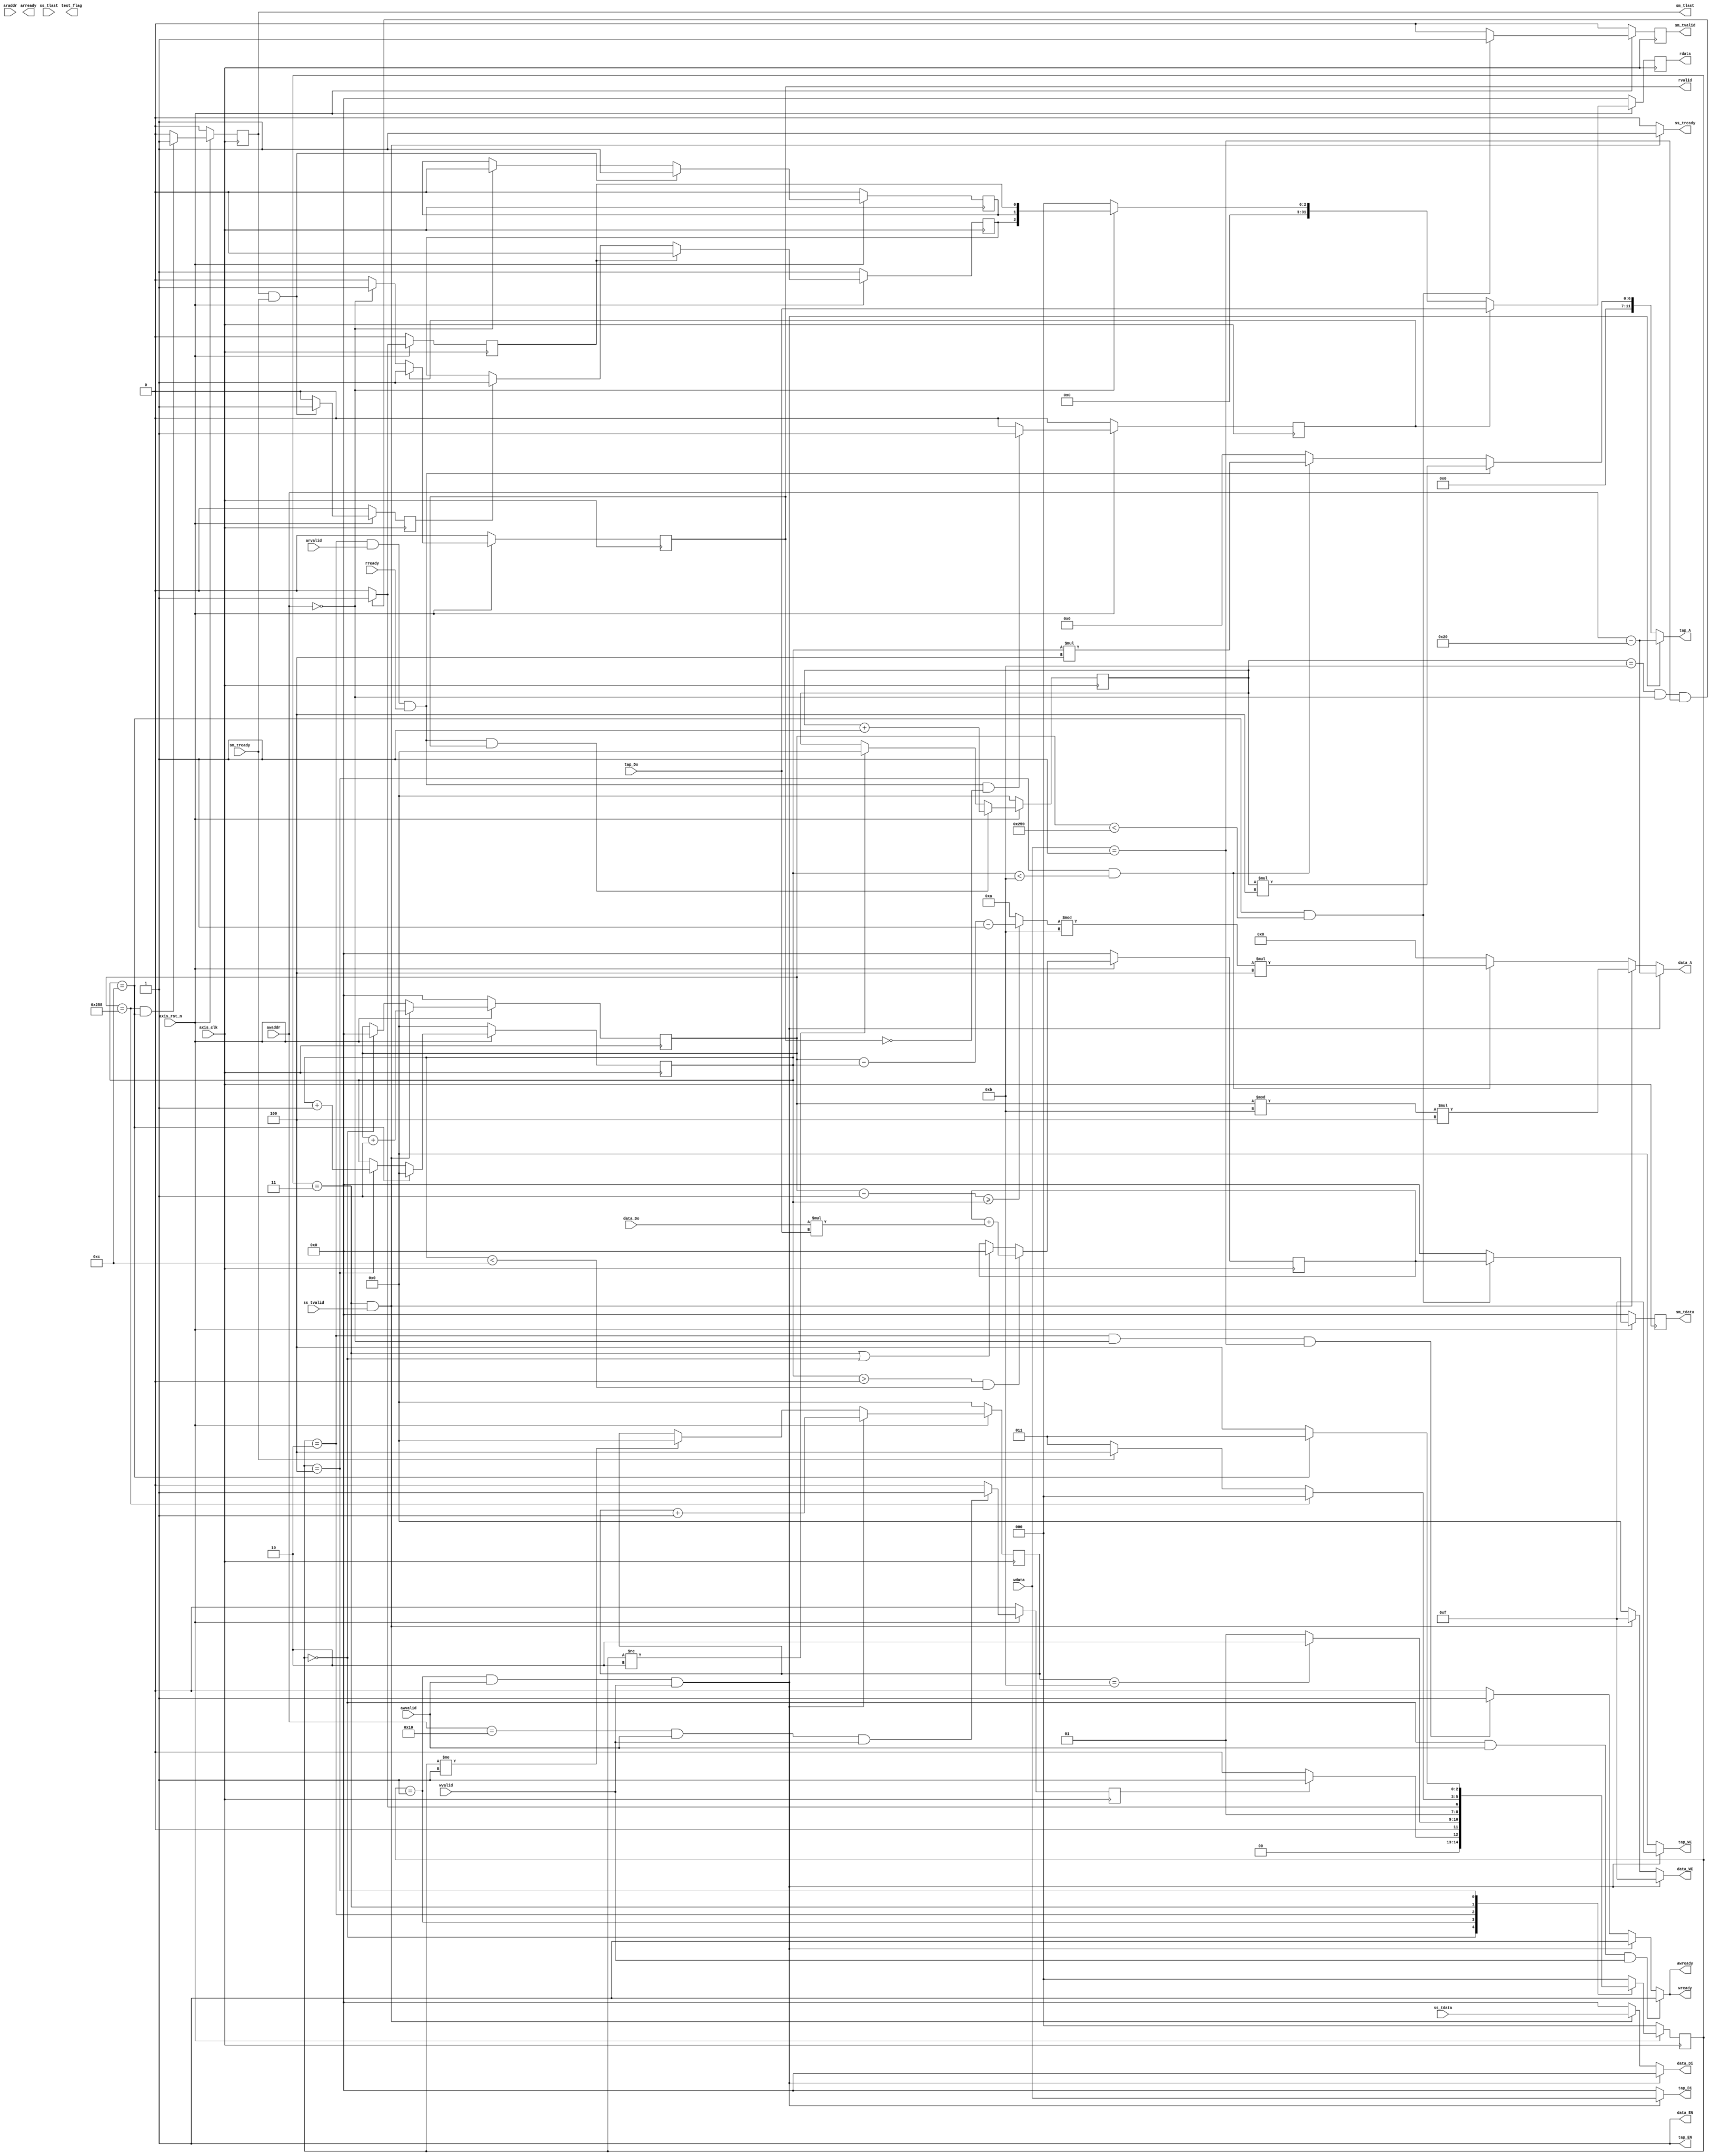
module fir 
#(  parameter pADDR_WIDTH = 12,
    parameter pDATA_WIDTH = 32,
    parameter Tape_Num    = 11
)
(
	// AXI-Lite
    output  reg                     awready,
    output  reg                     wready,
    input   wire                     awvalid,
    input   wire [(pADDR_WIDTH-1):0] awaddr,
    input   wire                     wvalid,
    input   wire [(pDATA_WIDTH-1):0] wdata,
	
    output  reg                     arready,
    input   wire                     rready,
    input   wire                     arvalid,
    input   wire [(pADDR_WIDTH-1):0] araddr,
    output  reg                     rvalid,
    output  reg [(pDATA_WIDTH-1):0] rdata,   
	// AXI-STREAM
    input   wire                     ss_tvalid, 
    input   wire [(pDATA_WIDTH-1):0] ss_tdata, 
    input   wire                     ss_tlast, 
    output  reg                     ss_tready, 
    input   wire                     sm_tready, 
    output  reg                     sm_tvalid, 
    output  reg [(pDATA_WIDTH-1):0] sm_tdata, 
    output  reg                     sm_tlast, 
    
    // bram for tap RAM
    output  reg [3:0]               tap_WE,
    output  wire                     tap_EN,
    output  reg [(pDATA_WIDTH-1):0] tap_Di,
    output  reg [(pADDR_WIDTH-1):0] tap_A,
    input   wire [(pDATA_WIDTH-1):0] tap_Do,

    // bram for data RAM
    output  reg [3:0]               data_WE,
    output  wire                     data_EN,
    output  reg [(pDATA_WIDTH-1):0] data_Di,
    output  reg [(pADDR_WIDTH-1):0] data_A,
    input   wire [(pDATA_WIDTH-1):0] data_Do,

    input   wire                     axis_clk,
    input   wire                     axis_rst_n,
	output  reg						test_flag
);
/////// bram declare
// bram11 data_ram	(.CLK(axis_clk), .WE(data_WE), .EN(data_EN), .Di(data_Di), .Do(data_Do),.A(data_A));
// bram11 tap_ram	(.CLK(axis_clk), .WE(tap_WE), .EN(tap_EN), .Di(tap_Di), .Do(tap_Do),.A(tap_A));

assign  tap_EN =1'b1;
assign  data_EN =1'b1;
reg ap_start;
reg ap_done;
reg ap_idle;
///////////////////////reg and wire declare
reg [2:0] current_state;
reg [2:0] next_state;
reg [3:0] coef_counter;
reg [3:0] check_counter;
reg check_flag;
reg [31:0] data_length;
reg [31:0] counter;
reg [3:0] cal_counter;
reg idle_flag;
reg signed[31:0] total_data;
reg idle_buffer;
wire [31:0] loca;
parameter	IDLE				=0,
			READ_COEF			=1,
			READ_COEF_CHECK		=2,
			READ_STREAM			=3,
			CAL					=4;
			
always @(posedge axis_clk )begin
	if(!axis_rst_n)begin
		current_state <= IDLE;
	end
	else begin
		current_state <= next_state;
	end
end

always @(*)begin
	case(current_state)
		IDLE:
			if	(idle_flag)			next_state = READ_COEF;				
			else					next_state = IDLE;						
		READ_COEF:
			if(coef_counter =='d11)	next_state = READ_COEF_CHECK;
			else 					next_state = READ_COEF;
		READ_COEF_CHECK:
			if(check_counter=='d11 && awaddr ==12'h00 &&  wdata ==32'h0000_0001)	next_state = READ_STREAM;
			else																next_state = READ_COEF_CHECK;
		READ_STREAM:
			if(counter=='d600 )			next_state =IDLE;
			else if(sm_tready)			next_state = CAL;
			else					next_state = READ_STREAM;
		CAL:
			
			if(cal_counter =='d12)	next_state =READ_STREAM;
			else 					next_state = CAL;
		default: 					next_state = IDLE ;
	endcase
end
//////////////idle_flag

always @(posedge axis_clk )begin
	if(!axis_rst_n)begin
		idle_flag <= 0;
	end
	else if( (awaddr ==16) && awvalid==1 && wvalid==1) begin
		idle_flag <= 1;
	end
	else begin
		idle_flag <= 0;
	end

end



//////// data_length
always @(posedge axis_clk )begin
	if(!axis_rst_n)begin
		data_length <= 0;
	end
	else if(current_state == IDLE && awvalid && wvalid) begin
		data_length <= wdata;
	end

end


/////////// tap_data counter
always @(posedge axis_clk )begin
	if(!axis_rst_n)begin
		coef_counter <= 0;
	end
	else if(current_state == READ_COEF && awvalid && wvalid) begin
		coef_counter <= coef_counter+1;
	end
	else if(current_state != READ_COEF)begin
		coef_counter <= 0;
	end
end
//////////////tap_data check_counter

always@(posedge axis_clk )begin
	if(!axis_rst_n)begin
		check_counter <=0;
	end
	else if (current_state == READ_COEF_CHECK && arvalid && rready&&rvalid)begin
		check_counter <= check_counter+1;
	
	end
	else if (current_state != READ_COEF_CHECK)begin
		check_counter<=0;
	end

end


////////////// bram tap_data tap_WE 1:write data 0:read data
always@(*)begin
	if(current_state == READ_COEF && awvalid && wvalid)begin
		tap_WE = 4'b1111;
	
	end
	else begin
		tap_WE = 4'b0000;
	
	end

end
////////////////////address
always@(*)begin
	if(current_state == READ_COEF && awvalid && wvalid)begin
		tap_A = awaddr-12'h20;
	end
	else if (current_state == READ_COEF_CHECK && arvalid && rready)begin
		tap_A = check_counter*4;
	end
	else if (current_state == CAL && cal_counter <'d11)begin
		tap_A = cal_counter*4;
	end
	else begin
		tap_A =0;
	end

end
/////////////////////data
always@(*)begin
	if(current_state == READ_COEF && awvalid && wvalid)begin
		tap_Di = wdata;
	end
	else begin
		tap_Di =0;
	end

end

always@(*)begin
	if(current_state == IDLE && awvalid && wvalid)begin
		wready = 1;
		awready =1;
	end
	else if(current_state == READ_COEF && awvalid && wvalid)begin
		wready = 1;
		awready =1;
	end
	else if (current_state == READ_COEF_CHECK && awaddr ==12'h00 &&  wdata ==32'h0000_0001)begin
		wready = 1;
		awready =1;
	end
	else begin
		wready =0;
		awready =0;
	end

end

always@(posedge axis_clk )begin
	if(!axis_rst_n)begin
		ap_start<=0;
	
	end
	else if (check_counter=='d11 && awaddr ==12'h00 &&  wdata ==32'h0000_0001)begin
		ap_start <=1;
	end
	else begin
		ap_start<=0;
	end
end

always@(posedge axis_clk )begin
	if(!axis_rst_n)begin
		idle_buffer<=0;
	
	end
	else if (sm_tlast && sm_tready)begin
		idle_buffer<=1;
	end
	else begin
		idle_buffer<=0;
	end
	
end
always@(posedge axis_clk )begin
	if(!axis_rst_n)begin
		ap_idle<=1;
	
	end
	else if (ap_start)begin
		ap_idle <=0;
	end
	else if (idle_buffer )begin
		ap_idle<=1;
	end
end
always@(posedge axis_clk )begin
	if(!axis_rst_n)begin
		ap_done<=0;
	
	end

	else if (sm_tlast && sm_tready)begin
		ap_done<=1;
	end

	else if(awaddr == 12'h00)begin
		ap_done<=0;
	end
end

always@(posedge axis_clk )begin
	if(!axis_rst_n)begin
		check_flag<=0;
	
	end
	else if (current_state == READ_COEF_CHECK && arvalid && rready && !rvalid)begin
		check_flag <=1;
	end
	else begin
		check_flag<=0;
	end
end

always@(posedge axis_clk )begin
	if(!axis_rst_n)begin
		rvalid<=0;
		rdata <=0;
	end	
	else if(check_flag)begin
		rvalid<=1;
		rdata <=tap_Do;
	end
	else if (awaddr ==12'h00)begin
		rvalid<=1;
		rdata <={29'b0,ap_idle,ap_done,ap_start};	
	
	end
	else begin
		rvalid 	<=0;
		rdata 	<=0;
	end

end

///////////////////////////////////////////////////////////////////////// read stream and calculation
always @(posedge axis_clk )begin
	if(!axis_rst_n)begin
		counter <= 0;
	end
	else if(current_state == READ_STREAM && ss_tvalid ) begin
		counter <= counter+1;
	end
	else if(current_state == IDLE)begin
		counter <= 0;
	end
end



////////////// bram dram_data tap_WE 1:write data 0:read data
always@(*)begin
	if(current_state == READ_COEF && awvalid && wvalid)begin
		data_WE = 4'b1111;
	
	end
	else if (current_state == READ_STREAM && ss_tvalid)begin
		data_WE = 4'b1111;
	end
	else begin
		data_WE = 4'b0000;
	
	end

end
////////////////////address
assign loca = (counter-1 >=cal_counter)? counter-cal_counter-1:'d10;
always@(*)begin
	if(current_state == READ_COEF && awvalid && wvalid)begin
		data_A = awaddr-12'h20;
	end
	else if (current_state == READ_STREAM && ss_tvalid)begin
		data_A = (counter%11)*4;
	end
	else if (current_state == CAL && cal_counter <'d11)begin
		data_A = loca%11*'d4;
	end
	else begin
		data_A =0;
	end

end
/////////////////////data
always@(*)begin
	if(current_state == READ_COEF && awvalid && wvalid)begin
		data_Di = 0;
	end
	else if (current_state == READ_STREAM && ss_tvalid)begin
		data_Di = ss_tdata;
	end
	else begin
		data_Di =0;
	end

end

always@(*)begin
	if(current_state == READ_STREAM && ss_tvalid)begin
		ss_tready =1;
	end
	else begin
		ss_tready =0;
	end
end


always @(posedge axis_clk  )begin
	if(!axis_rst_n)begin
		cal_counter <= 0;
	end
	else if(cal_counter == 'd12  )begin
		cal_counter <= 0;
	end
	else if(current_state == CAL  ) begin
		cal_counter <= cal_counter+1;
	end
	

end

always@(posedge axis_clk  )begin
	if(!axis_rst_n)begin
		total_data <= 0;
	end
	else if(cal_counter>0 && cal_counter<'d12)begin
	
		total_data <=total_data+data_Do*tap_Do;
	end
	else if(current_state ==READ_STREAM || current_state ==IDLE)begin
		total_data<=0;
	end


end
//sm_tdata

always@(posedge axis_clk )begin
	if(!axis_rst_n)begin
		sm_tdata <= 0;
		sm_tvalid<= 0;
	end
	else if(cal_counter=='d12 && counter<601)begin
	
		sm_tdata  <= total_data;
		sm_tvalid <= 1;
	end
	else begin
		sm_tdata  <= 0;
		sm_tvalid <= 0;
	end

end
always@(posedge axis_clk )begin
	if(!axis_rst_n)begin
		sm_tlast<=0; 
	end
	else if(counter=='d600 &&cal_counter=='d12 )begin
	
		sm_tlast  <= 1;

	end
	else begin
		sm_tlast  <=0;

	end

end


endmodule